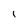
Character: 1